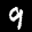
Label: 9